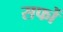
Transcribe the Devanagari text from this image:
सफों